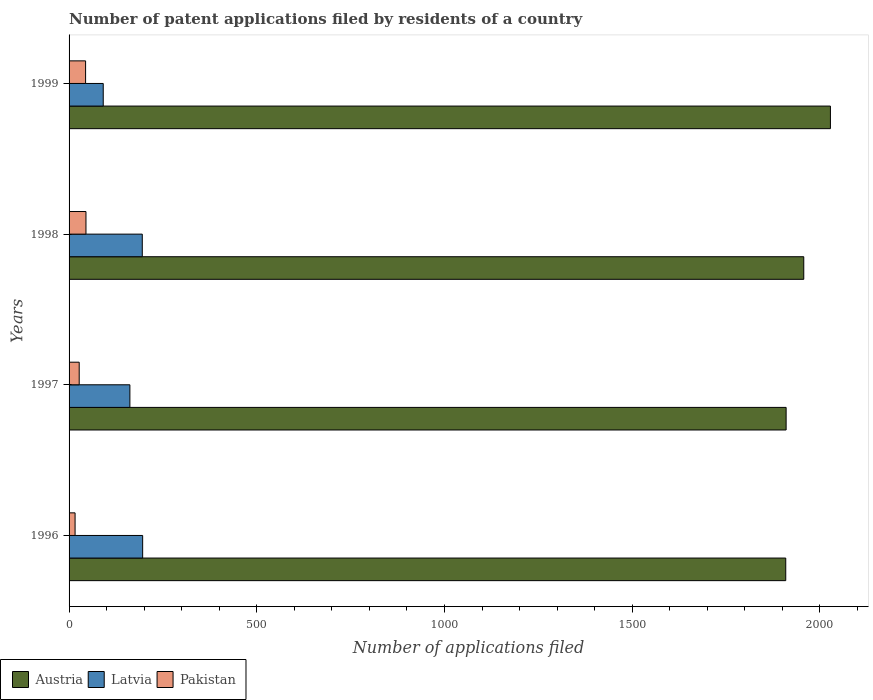
| Years | Austria | Latvia | Pakistan |
 | --- | --- | --- | --- |
 | 1996 | 1.91e+03 | 196 | 16 |
 | 1997 | 1.91e+03 | 162 | 27 |
 | 1998 | 1.96e+03 | 195 | 45 |
 | 1999 | 2.03e+03 | 91 | 44 |